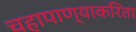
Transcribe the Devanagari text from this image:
चहापाण्याकरिता